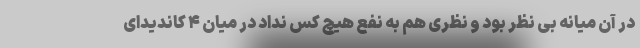
در آن میانه بی نظر بود و نظری هم به نفع هیچ کس نداد در میان ۴ کاندیدای